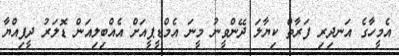
އެމީހާގެ އަނދިރި ފަރާތް ކިޔާލަ ދޭންވީނު މީނަ އެމްޑީޕީއަށް އެއްބިލިއަން ޑޮލަރު ދީފިއްޔާ